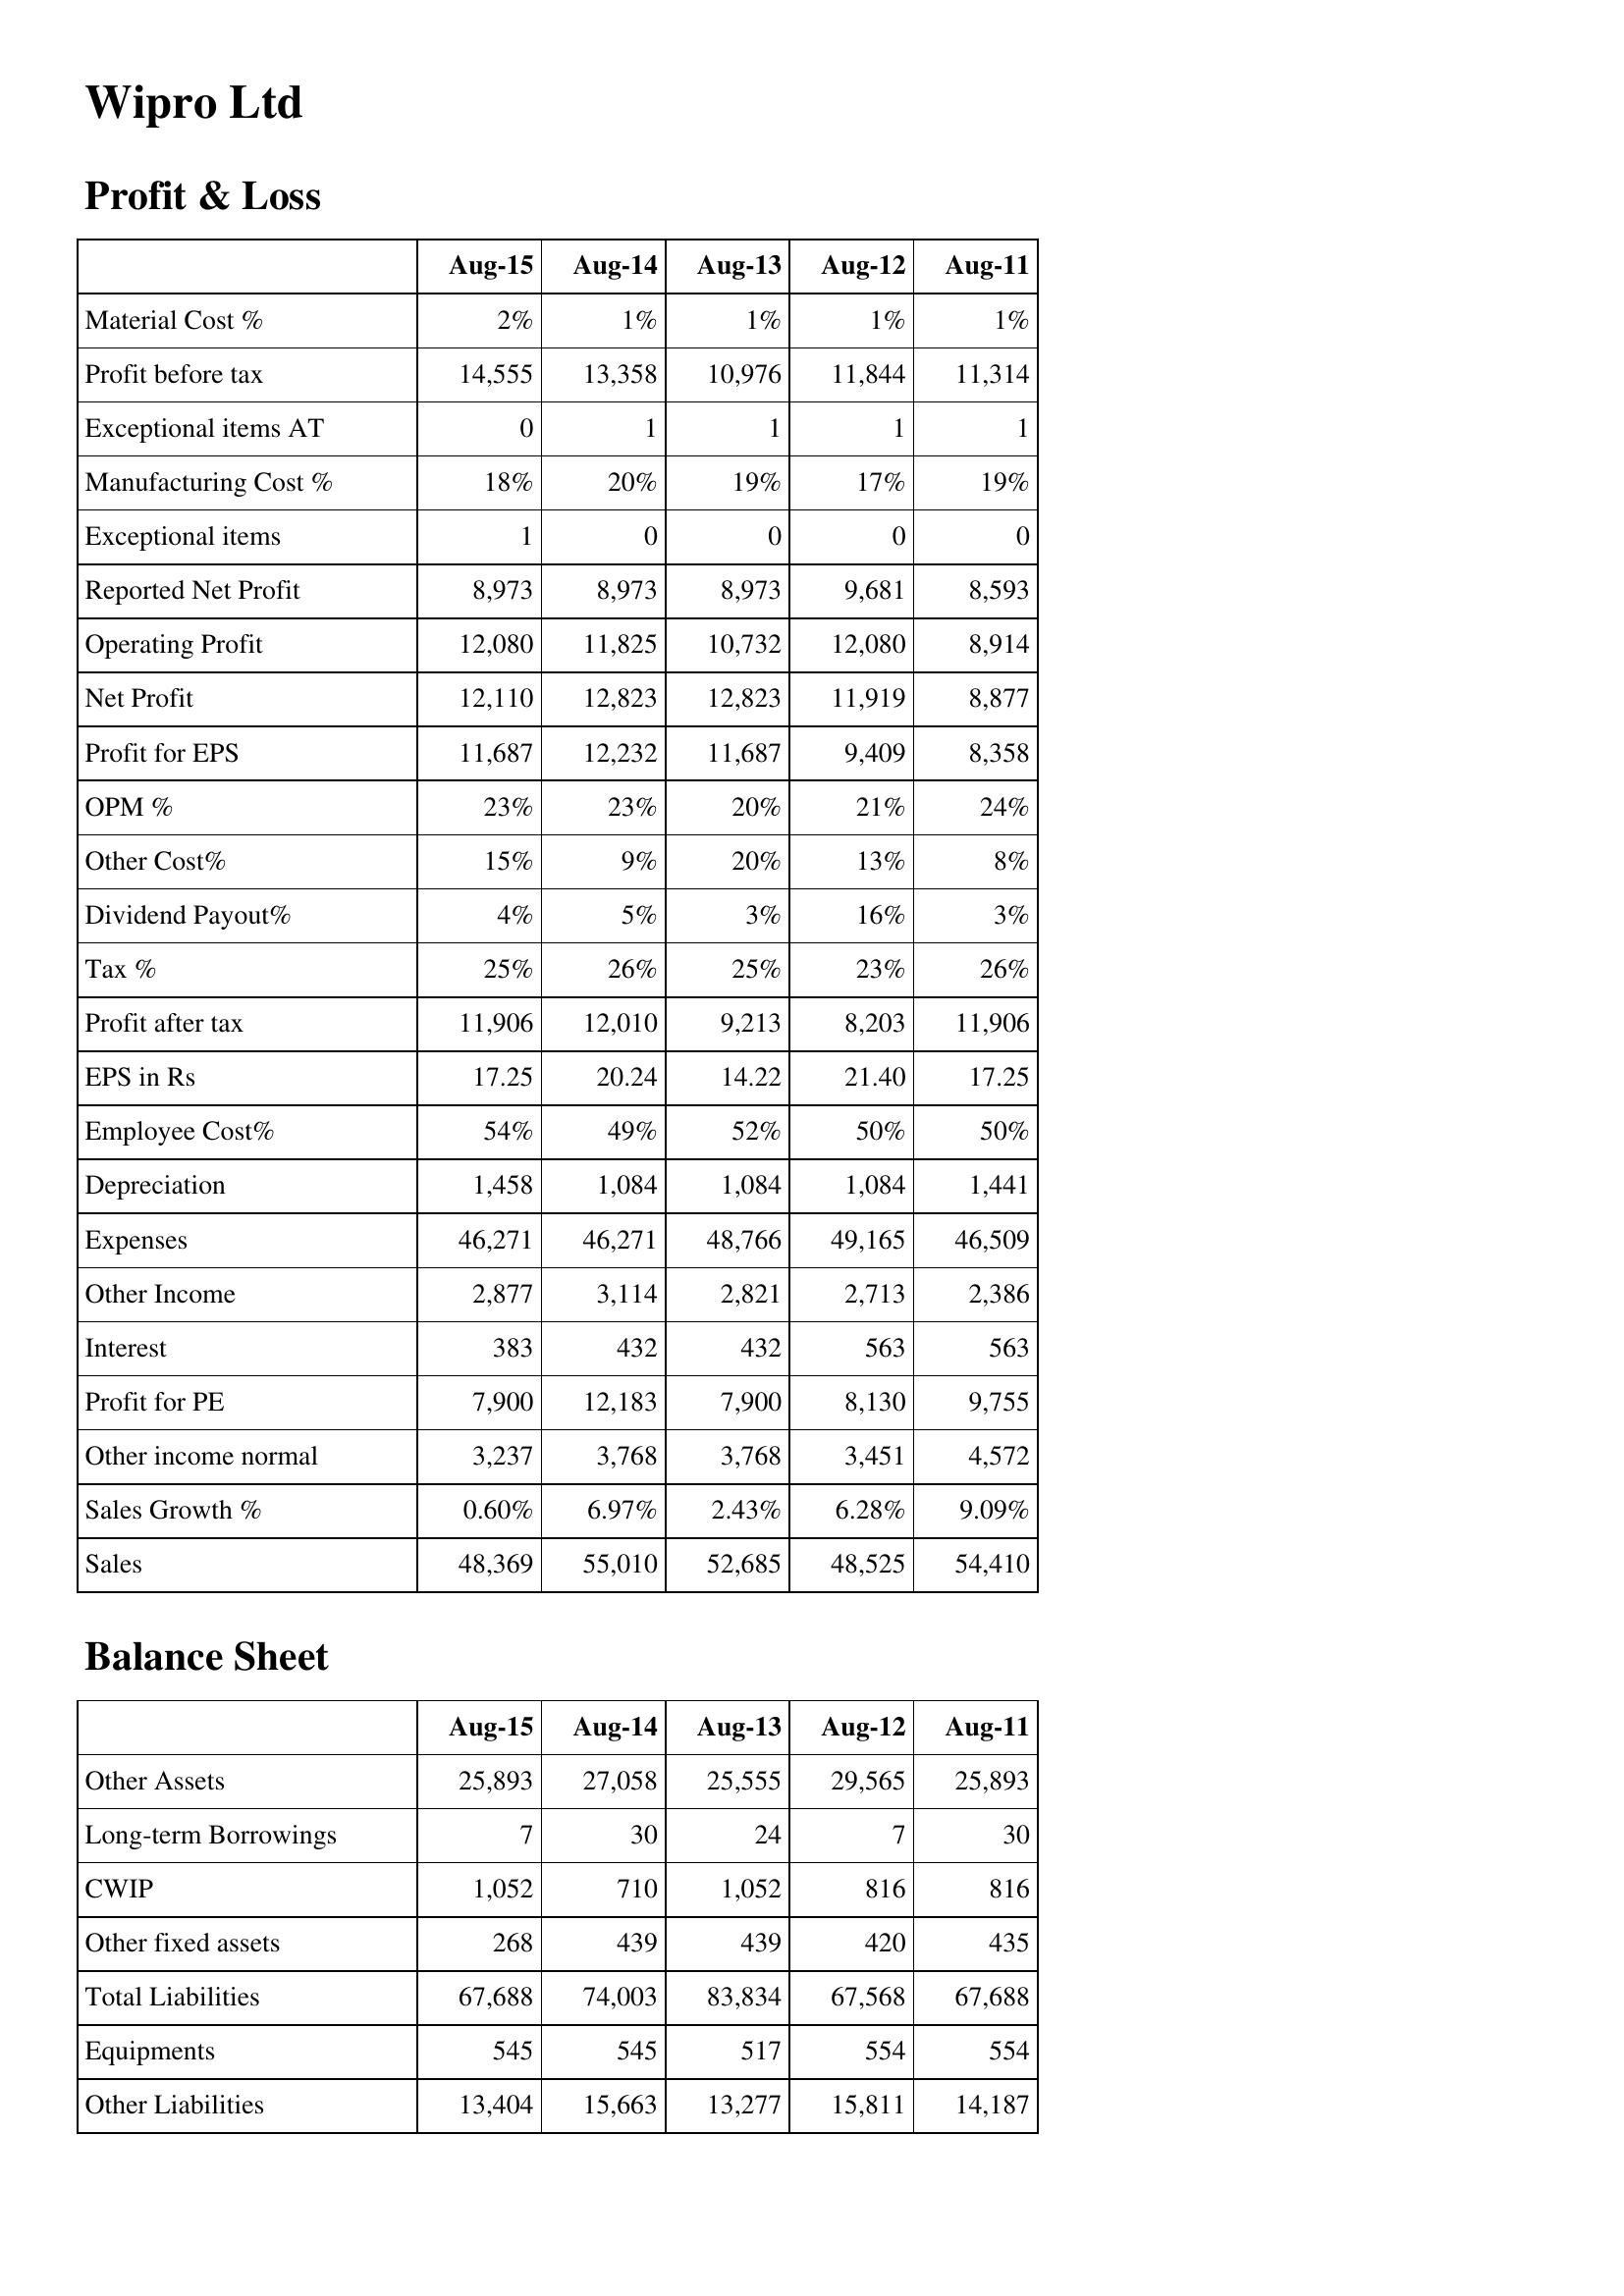
Aug-15: Profit & Loss: Material Cost %: 2%
Profit before tax: 14,555
Exceptional items AT: 0
Manufacturing Cost %: 18%
Exceptional items: 1
Reported Net Profit: 8,973
Operating Profit: 12,080
Net Profit: 12,110
Profit for EPS: 11,687
OPM %: 23%
Other Cost%: 15%
Dividend Payout%: 4%
Tax %: 25%
Profit after tax: 11,906
EPS in Rs: 17.25
Employee Cost%: 54%
Depreciation: 1,458
Expenses: 46,271
Other Income: 2,877
Interest: 383
Profit for PE: 7,900
Other income normal: 3,237
Sales Growth %: 0.60%
Sales: 48,369
Balance Sheet: Other Assets: 25,893
Long-term Borrowings: 7
CWIP: 1,052
Other fixed assets: 268
Total Liabilities: 67,688
Equipments: 545
Other Liabilities: 13,404
Aug-14: Profit & Loss: Material Cost %: 1%
Profit before tax: 13,358
Exceptional items AT: 1
Manufacturing Cost %: 20%
Exceptional items: 0
Reported Net Profit: 8,973
Operating Profit: 11,825
Net Profit: 12,823
Profit for EPS: 12,232
OPM %: 23%
Other Cost%: 9%
Dividend Payout%: 5%
Tax %: 26%
Profit after tax: 12,010
EPS in Rs: 20.24
Employee Cost%: 49%
Depreciation: 1,084
Expenses: 46,271
Other Income: 3,114
Interest: 432
Profit for PE: 12,183
Other income normal: 3,768
Sales Growth %: 6.97%
Sales: 55,010
Balance Sheet: Other Assets: 27,058
Long-term Borrowings: 30
CWIP: 710
Other fixed assets: 439
Total Liabilities: 74,003
Equipments: 545
Other Liabilities: 15,663
Aug-13: Profit & Loss: Material Cost %: 1%
Profit before tax: 10,976
Exceptional items AT: 1
Manufacturing Cost %: 19%
Exceptional items: 0
Reported Net Profit: 8,973
Operating Profit: 10,732
Net Profit: 12,823
Profit for EPS: 11,687
OPM %: 20%
Other Cost%: 20%
Dividend Payout%: 3%
Tax %: 25%
Profit after tax: 9,213
EPS in Rs: 14.22
Employee Cost%: 52%
Depreciation: 1,084
Expenses: 48,766
Other Income: 2,821
Interest: 432
Profit for PE: 7,900
Other income normal: 3,768
Sales Growth %: 2.43%
Sales: 52,685
Balance Sheet: Other Assets: 25,555
Long-term Borrowings: 24
CWIP: 1,052
Other fixed assets: 439
Total Liabilities: 83,834
Equipments: 517
Other Liabilities: 13,277
Aug-12: Profit & Loss: Material Cost %: 1%
Profit before tax: 11,844
Exceptional items AT: 1
Manufacturing Cost %: 17%
Exceptional items: 0
Reported Net Profit: 9,681
Operating Profit: 12,080
Net Profit: 11,919
Profit for EPS: 9,409
OPM %: 21%
Other Cost%: 13%
Dividend Payout%: 16%
Tax %: 23%
Profit after tax: 8,203
EPS in Rs: 21.40
Employee Cost%: 50%
Depreciation: 1,084
Expenses: 49,165
Other Income: 2,713
Interest: 563
Profit for PE: 8,130
Other income normal: 3,451
Sales Growth %: 6.28%
Sales: 48,525
Balance Sheet: Other Assets: 29,565
Long-term Borrowings: 7
CWIP: 816
Other fixed assets: 420
Total Liabilities: 67,568
Equipments: 554
Other Liabilities: 15,811
Aug-11: Profit & Loss: Material Cost %: 1%
Profit before tax: 11,314
Exceptional items AT: 1
Manufacturing Cost %: 19%
Exceptional items: 0
Reported Net Profit: 8,593
Operating Profit: 8,914
Net Profit: 8,877
Profit for EPS: 8,358
OPM %: 24%
Other Cost%: 8%
Dividend Payout%: 3%
Tax %: 26%
Profit after tax: 11,906
EPS in Rs: 17.25
Employee Cost%: 50%
Depreciation: 1,441
Expenses: 46,509
Other Income: 2,386
Interest: 563
Profit for PE: 9,755
Other income normal: 4,572
Sales Growth %: 9.09%
Sales: 54,410
Balance Sheet: Other Assets: 25,893
Long-term Borrowings: 30
CWIP: 816
Other fixed assets: 435
Total Liabilities: 67,688
Equipments: 554
Other Liabilities: 14,187